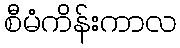
စီမံကိန်းကာလ